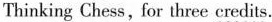
Thinking Chess, for three credits.